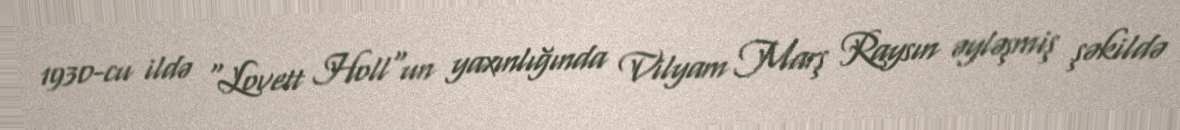
1930-cu ildə "Lovett Holl"un yaxınlığında Vilyam Marş Raysın əyləşmiş şəkildə